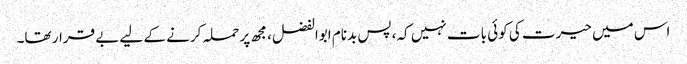
اس میں حیرت کی کوئی بات نہیں کہ، پس بدنام ابوالفضل، مجھ پر حملہ کرنے کے لیے بے قرار تھا۔